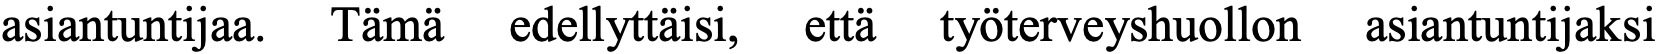
asiantuntijaa. Tämä edellyttäisi, että työterveyshuollon asiantuntijaksi